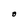
Character: O